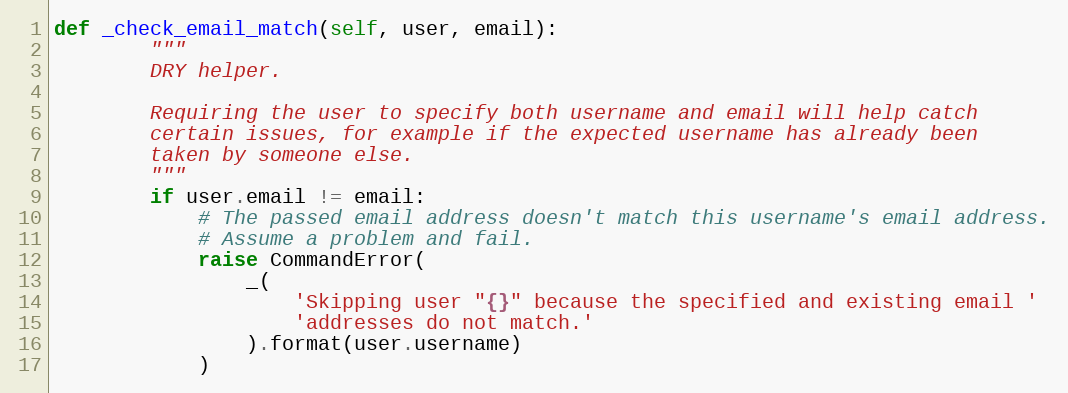
Language: Python
def _check_email_match(self, user, email):
        """
        DRY helper.

        Requiring the user to specify both username and email will help catch
        certain issues, for example if the expected username has already been
        taken by someone else.
        """
        if user.email != email:
            # The passed email address doesn't match this username's email address.
            # Assume a problem and fail.
            raise CommandError(
                _(
                    'Skipping user "{}" because the specified and existing email '
                    'addresses do not match.'
                ).format(user.username)
            )